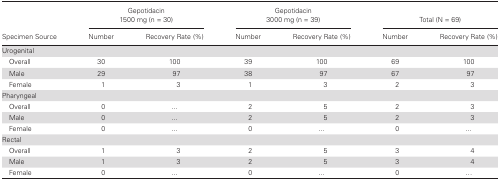
<table><thead><tr><td rowspan="2"><b>Specimen Source</b></td><td colspan="2"><b>Gepotidacin1500 mg (n = 30)</b></td><td colspan="2"><b>Gepotidacin3000 mg (n = 39)</b></td><td colspan="2"><b>Total (N = 69)</b></td></tr><tr><td><b>Number</b></td><td><b>Recovery Rate (%)</b></td><td><b>Number</b></td><td><b>Recovery Rate (%)</b></td><td><b>Number</b></td><td><b>Recovery Rate (%)</b></td></tr></thead><tbody><tr><td colspan="7">Urogenital</td></tr><tr><td> Overall</td><td>30</td><td>100</td><td>39</td><td>100</td><td>69</td><td>100</td></tr><tr><td> Male</td><td>29</td><td>97</td><td>38</td><td>97</td><td>67</td><td>97</td></tr><tr><td> Female</td><td>1</td><td>3</td><td>1</td><td>3</td><td>2</td><td>3</td></tr><tr><td colspan="7">Pharyngeal</td></tr><tr><td> Overall</td><td>0</td><td>...</td><td>2</td><td>5</td><td>2</td><td>3</td></tr><tr><td> Male</td><td>0</td><td>...</td><td>2</td><td>5</td><td>2</td><td>3</td></tr><tr><td> Female</td><td>0</td><td>...</td><td>0</td><td>...</td><td>0</td><td>...</td></tr><tr><td colspan="7">Rectal</td></tr><tr><td> Overall</td><td>1</td><td>3</td><td>2</td><td>5</td><td>3</td><td>4</td></tr><tr><td> Male</td><td>1</td><td>3</td><td>2</td><td>5</td><td>3</td><td>4</td></tr><tr><td> Female</td><td>0</td><td>...</td><td>0</td><td>...</td><td>0</td><td>...</td></tr></tbody></table>